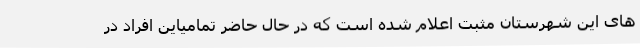
های این شهرستان مثبت اعلام شده است که در حال حاضر تمامیاین افراد در